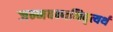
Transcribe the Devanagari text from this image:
जन्मबन्धनिवृत्यर्थं